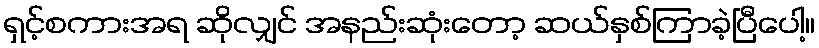
ရှင့်စကားအရ ဆိုလျှင် အနည်းဆုံးတော့ ဆယ်နှစ်ကြာခဲ့ပြီပေါ့။